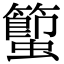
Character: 蠞